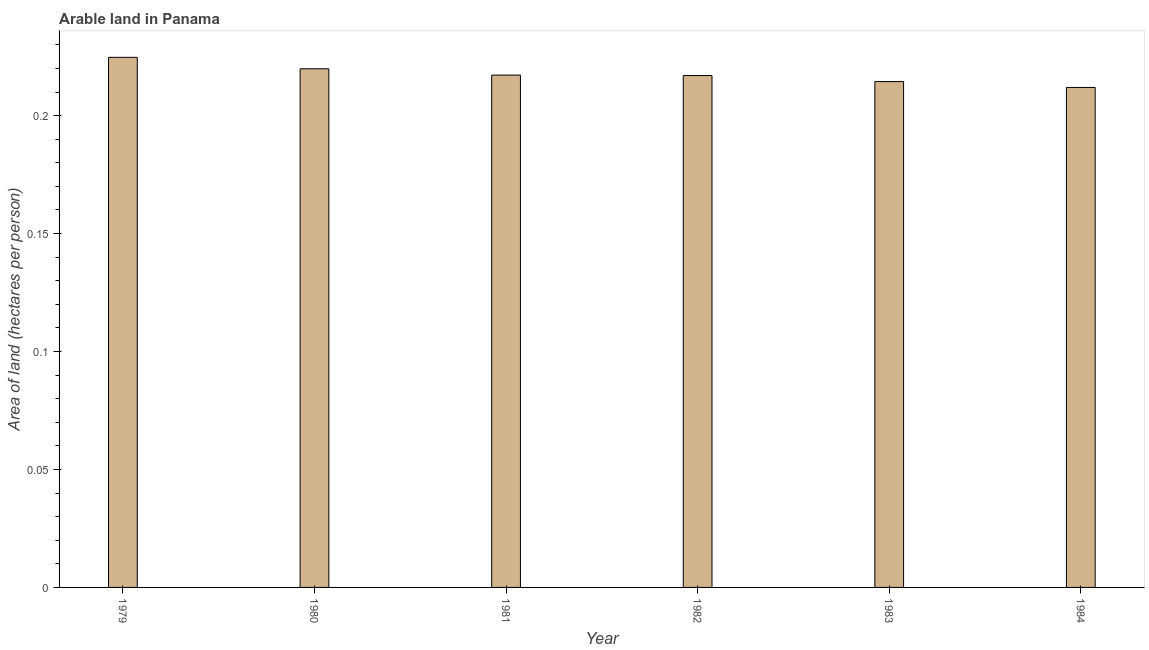
| Year | Arable land |
 | --- | --- |
 | 1979 | 0.225 |
 | 1980 | 0.22 |
 | 1981 | 0.217 |
 | 1982 | 0.217 |
 | 1983 | 0.214 |
 | 1984 | 0.212 |